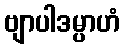
ဗျာပါဒမ္ပာဟံ